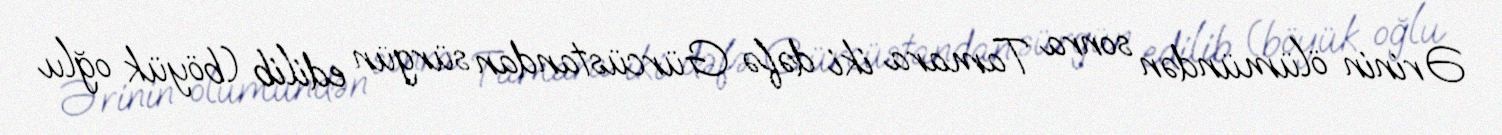
Ərinin ölümündən sonra Tamara iki dəfə Gürcüstandan sürgün edilib (böyük oğlu